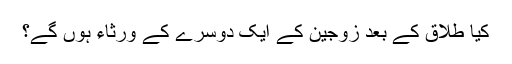
کیا طلاق کے بعد زوجین کے ایک دوسرے کے ورثاء‌ ہوں‌ گے؟